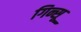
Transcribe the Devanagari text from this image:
गिन्सू